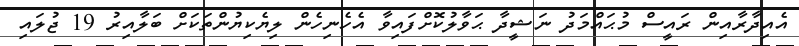
އެއިދާރާއިން ރައީސް މުޙައްމަދު ނަޝީދާ ޙަވާލުކޮށްފައިވާ އެހެނިހެން ލިޔެކިޔުންތަކަށް ބަލާއިރު 19 ޖުލައި